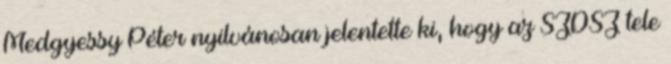
Medgyessy Péter nyilvánosan jelentette ki, hogy az SZDSZ tele